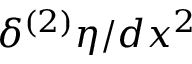
\delta ^ { ( 2 ) } \eta / d x ^ { 2 }